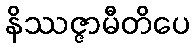
နိဿဇ္ဇာမီတိပေ